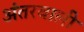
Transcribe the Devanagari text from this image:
अंतरवाली